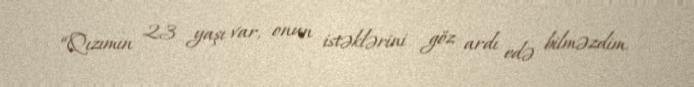
“Qızımın 23 yaşı var, onun istəklərini göz ardı edə bilməzdim.